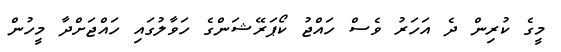
މީގެ ކުރިން ދެ އަހަރު ވެސް ހައްޖު ކޯޕަރޭޝަންގެ ހަވާލުގައި ހައްޖަށްދާ މީހުން